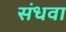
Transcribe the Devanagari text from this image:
संधवा